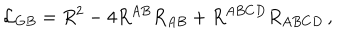
{ \cal L } _ { G B } = R ^ { 2 } - 4 R ^ { A B } R _ { A B } + R ^ { A B C D } R _ { A B C D } \, ,